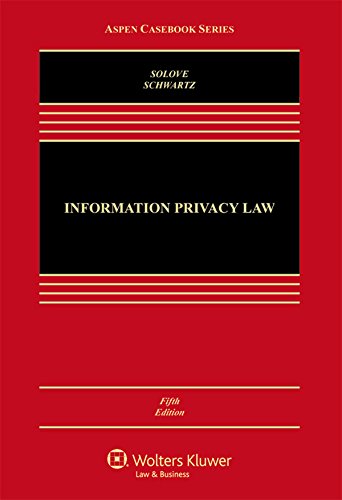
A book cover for Information Privacy Law (Aspen Casebook); Daniel J. Solove; Computers & Technology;